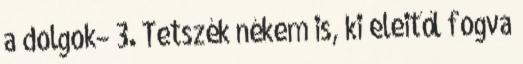
a dolgok− 3. Tetszék nékem is, ki eleitől fogva